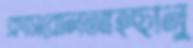
ক্লাসরোলআহছানু